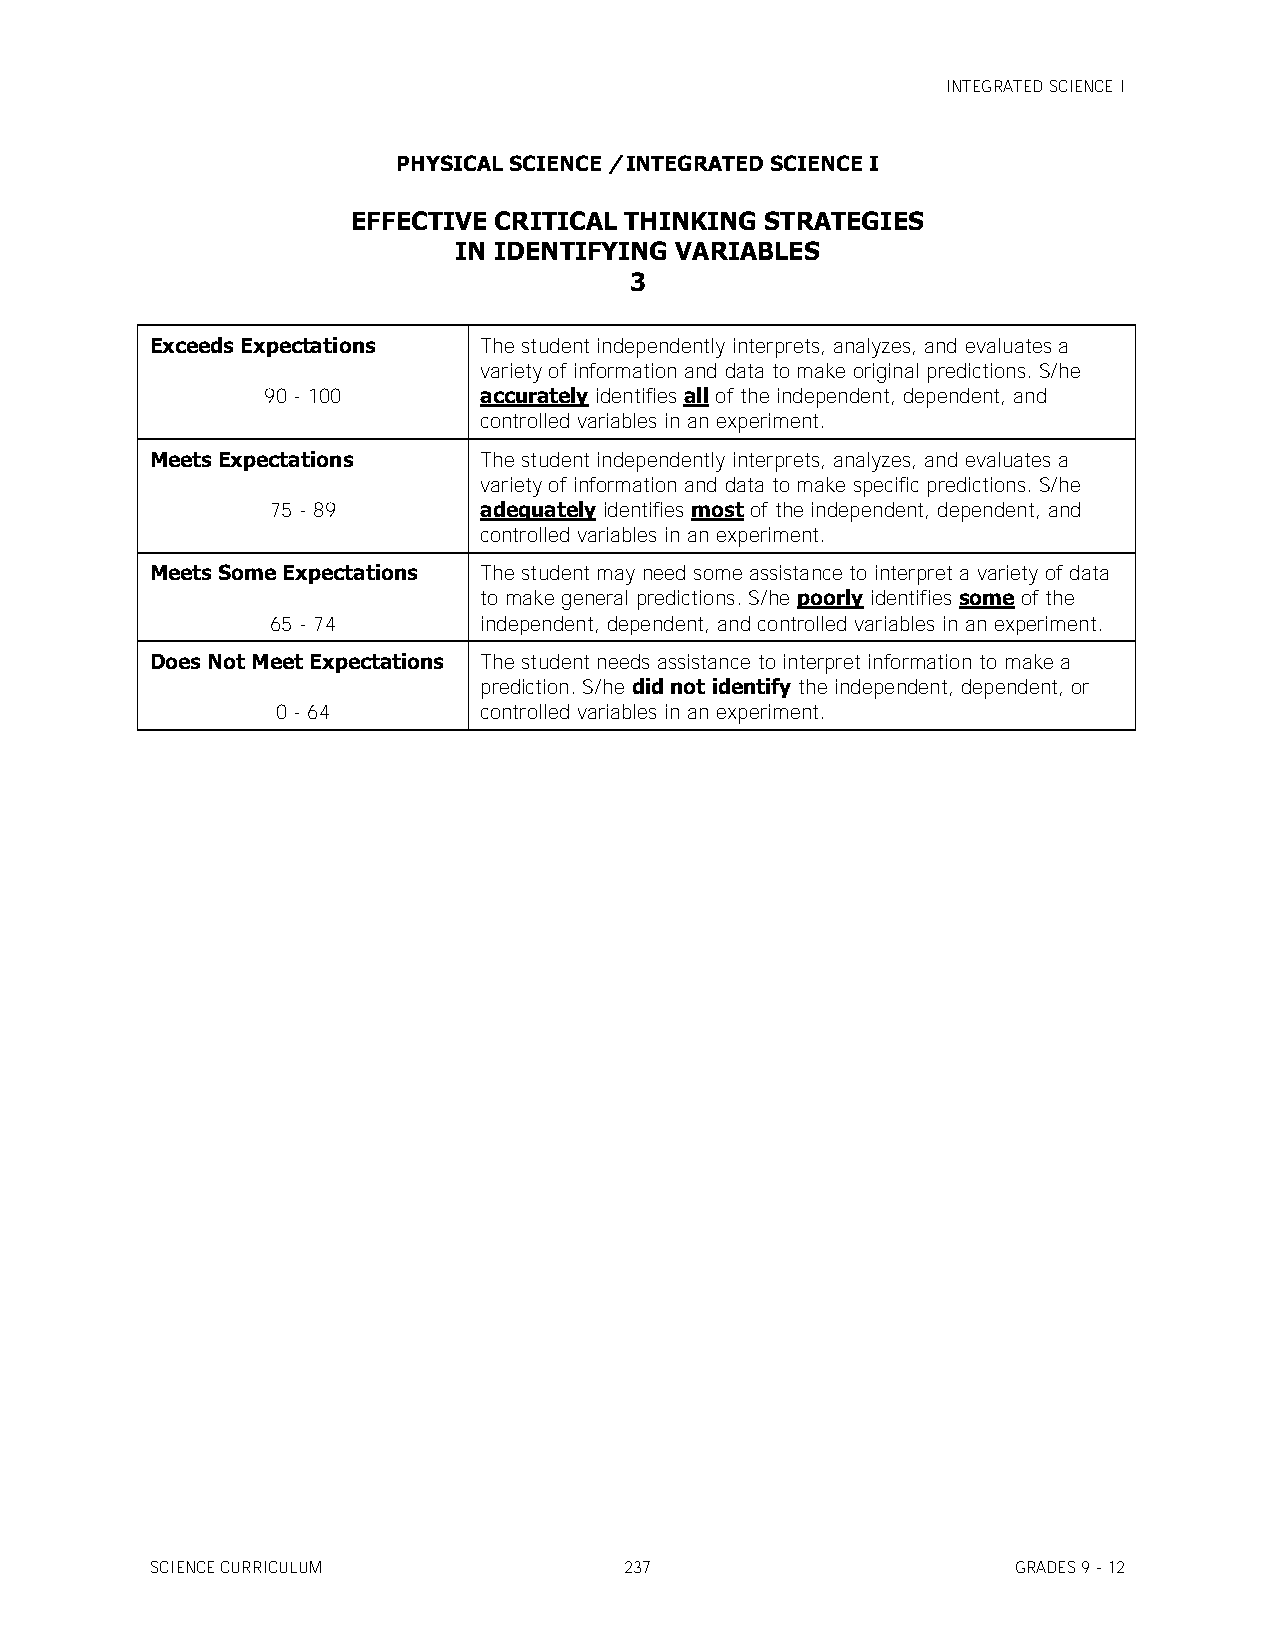
INTEGRATED SCIENCE I
 PHYSICAL SCIENCE / INTEGRATED SCIENCE I
 EFFECTIVE CRITICAL THINKING STRATEGIES
 IN IDENTIFYING VARIABLES
 3
 Exceeds Expectations  The student independently interprets, analyzes, and evaluates a
 variety of information and data to make original predictions. S/he
 90 - 100       accurately identifies all of the independent, dependent, and
 controlled variables in an experiment.
 Meets Expectations    The student independently interprets, analyzes, and evaluates a
 variety of information and data to make specific predictions. S/he
 75 - 89       adequately identifies most of the independent, dependent, and
 controlled variables in an experiment.
 Meets Some Expectations The student may need some assistance to interpret a variety of data
 to make general predictions. S/he poorly identifies some of the
 65 - 74       independent, dependent, and controlled variables in an experiment.
 Does Not Meet Expectations The student needs assistance to interpret information to make a
 prediction. S/he did not identify the independent, dependent, or
 0 - 64        controlled variables in an experiment.
 SCIENCE CURRICULUM             237                       GRADES 9 - 12